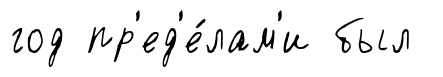
год пр'ед'е́лам'и был